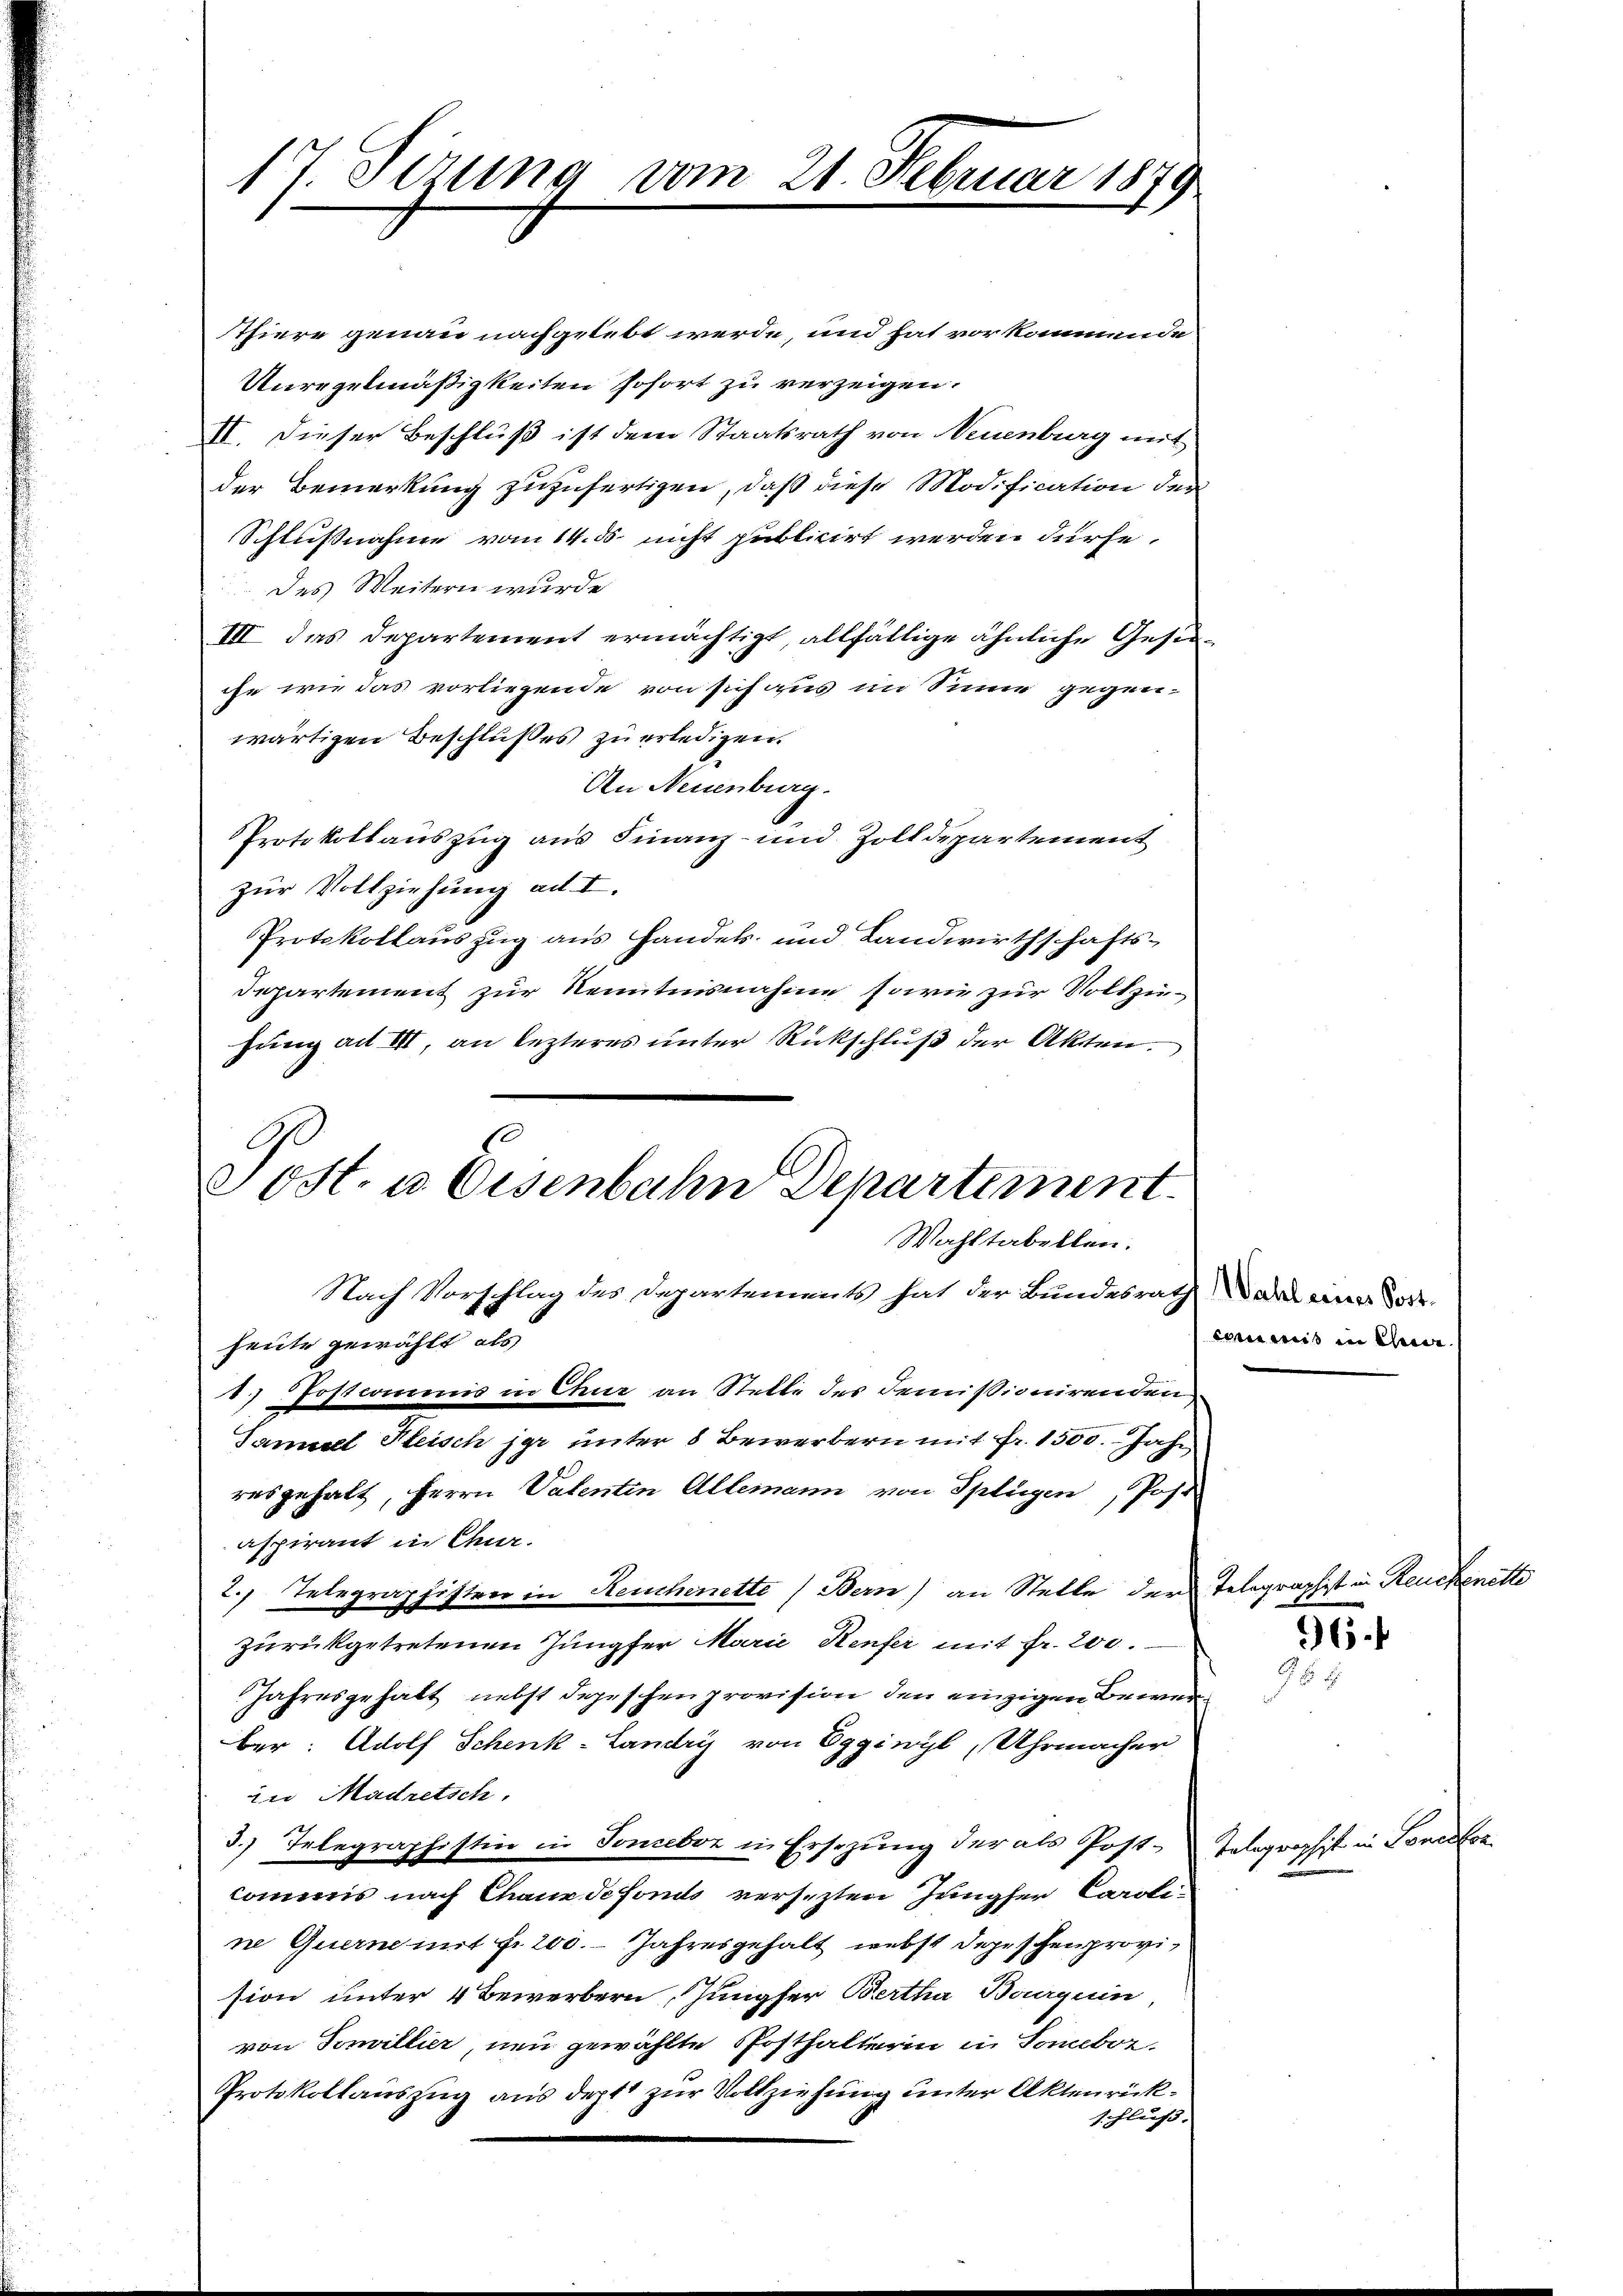
17. Sezung vom 21. Februar 1879

Thiere genau nachgelebt werde, und hat vorkommende
Unregelmäßigkeiten sofort zu verzeigen.
II. Dieser Beschluß ist dem Staatsrath von Neuenburg mit
der Bemerkung zuzufertigen, daß diese Modification der
Schlußnahme vom 14. 5. nicht publicirt werden dürfe,
des Weitern wurde
III das Departement ermächtigt, allfällige ähnliche Gesinche wie das vorliegende von sich aus im Sinne gegenwärtigen Beschlußes zu erledigen.
An Neuenburg.
Protokollauszug aus Finanz- und Zolldepartement
zur Vollziehung ad I.
Protokollauszug aus Handels- und Landwirthschafts¬
Departement zur Kenntnisnahme sowie zur Vollzie-
hung alt III, an lezteres unter Rückschluß der Akten.
8.
Sost. u. Eisenbahn Departement

Wahltabellen.
Nach Vorschlag des Departements hat der Bundesrath das einer Tode

heute gewählt als
1) Postcommis in Chur an Stelle des Demissionirenden.
Samuel Fleisch jar unter 8 Bewerbern mit Fr. 1500. Jahr
resgehalt, Herrn Valenten Allemann von Splügen, Post
aspirant in Chur.
2. Telegraphistrer in Heuchenette (Bern) an Stelle der Telegraphist in Reuckenette
zurükgetretenen Jungfer Marie Kenfer mit Fr. 200.
Jahresgehalt nebst Depeschenprovision den einzigen Bewer
ber: Adolf Schenk-Landry von Eggiwyl, Uhrmacher
zu Madretsch
3.) Telegraphistin in Tonceboz in Ersezung der als Post-Telegraphist in Sonetor
Commis nach Chaux de fonds versezten Jungfer Caroli
ne Quern mit Fr. 200. Jahresgehalt nebst Depeschenprovision unter 4 Bewerbern, Jungfer Bertha Bourquin
von Servillier, neu gewählte Posthalterin in Someboz.
Protokollauszug aus dept zur Vollziehung unter Aktenrückschluß. |

commis in einer

96.
954